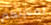
لمنازلكم